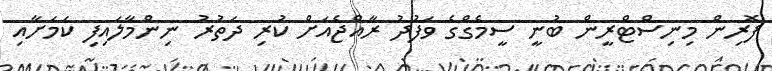
ފޮރިން މިނިސްޓްރީން ބުނީ ސީމެގްގެ ވަފުދު ރާއްޖެއަށް ކުރި ދަތުރު ނިންމާލައިފި ކަމަށާއި